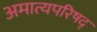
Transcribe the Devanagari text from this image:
अमात्यपरिषद्